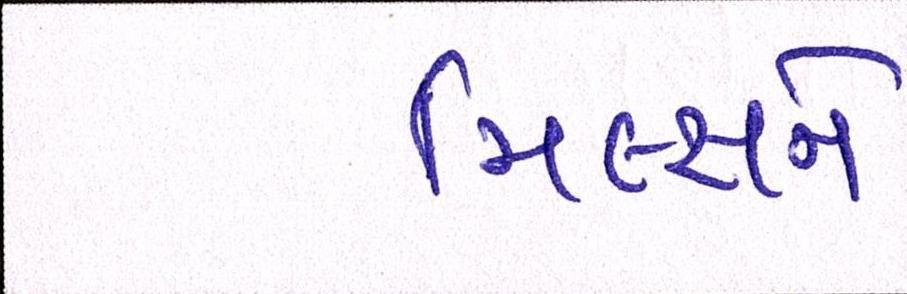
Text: મિલ્સને